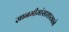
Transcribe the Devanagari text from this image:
ज्ञानमीमांसाशास्त्राने